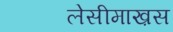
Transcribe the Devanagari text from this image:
लेसीमाख़स